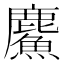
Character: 𲎍